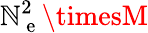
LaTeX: \mathbb{N}_{\mathrm{{~e~}}}^{2}\timesM